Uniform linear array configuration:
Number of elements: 48
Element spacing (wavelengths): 0.5
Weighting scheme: cosine
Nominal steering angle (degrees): -15
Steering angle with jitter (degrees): -14.426
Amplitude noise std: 0.05
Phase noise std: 0.05

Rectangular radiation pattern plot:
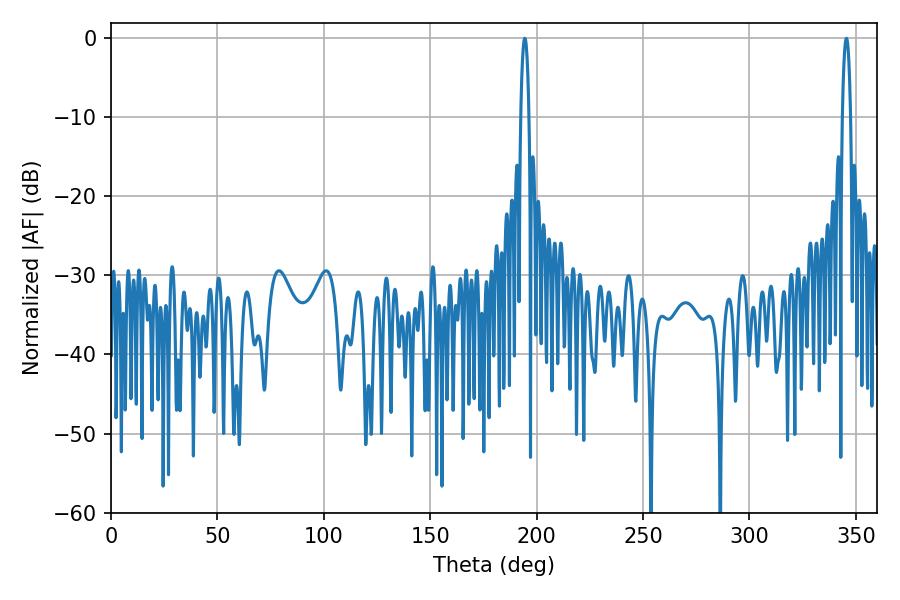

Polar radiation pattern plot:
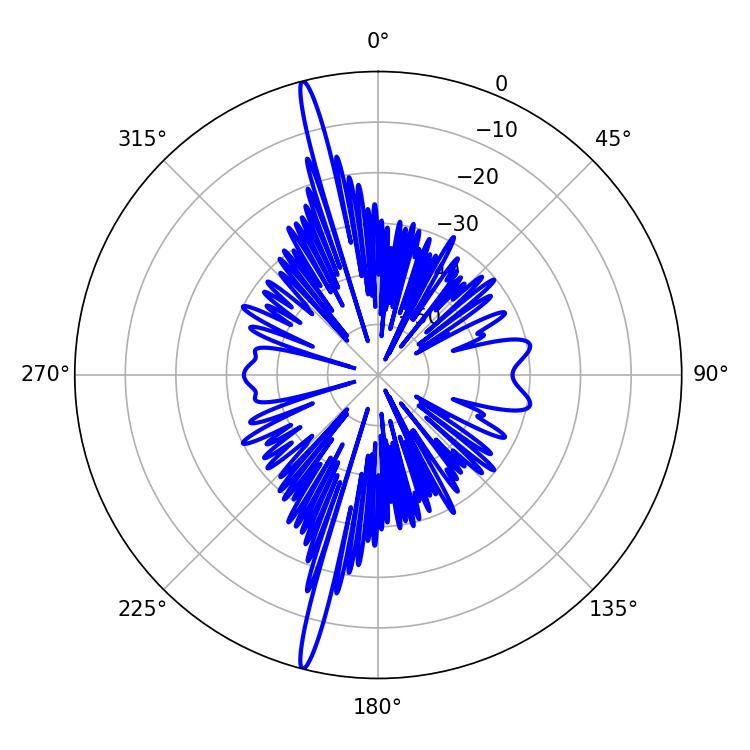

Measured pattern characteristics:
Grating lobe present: FALSE
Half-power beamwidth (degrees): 2.16
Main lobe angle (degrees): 194.4